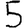
Digit: 5